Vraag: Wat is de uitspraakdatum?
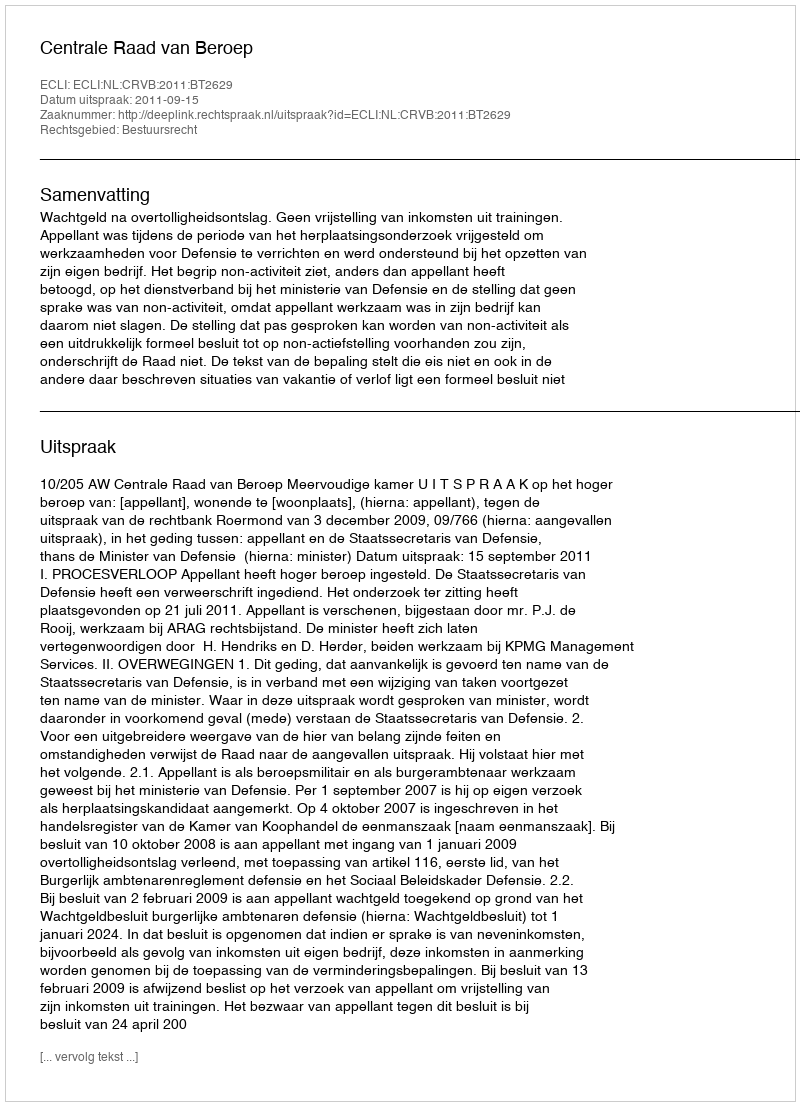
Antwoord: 2011-09-15